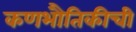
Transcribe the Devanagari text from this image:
कणभौतिकीची